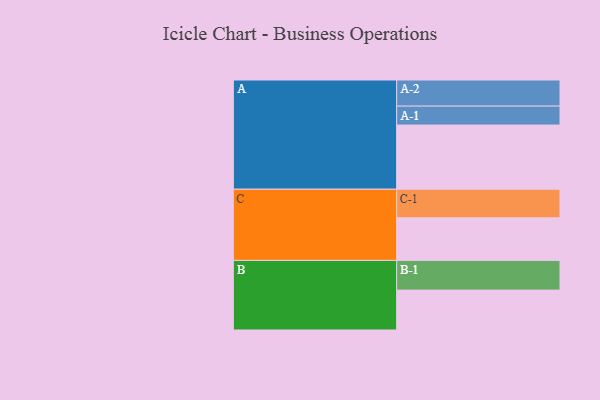
{"axis": {"x": "Segment", "y": "Value"}, "legend": ["", "A", "B", "C"], "data": [{"x": "A", "y": 499, "type": ""}, {"x": "B", "y": 310, "type": ""}, {"x": "C", "y": 331, "type": ""}, {"x": "A-1", "y": 147, "type": "A"}, {"x": "A-2", "y": 203, "type": "A"}, {"x": "B-1", "y": 231, "type": "B"}, {"x": "C-1", "y": 222, "type": "C"}]}